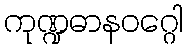
ကုဏ္ဍဓာနဝဂ္ဂေါ